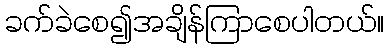
ခက်ခဲစေ၍အချိန်ကြာစေပါတယ်။